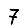
Digit: 7